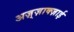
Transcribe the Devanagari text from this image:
अज़्ज़ाक्ज़ाई